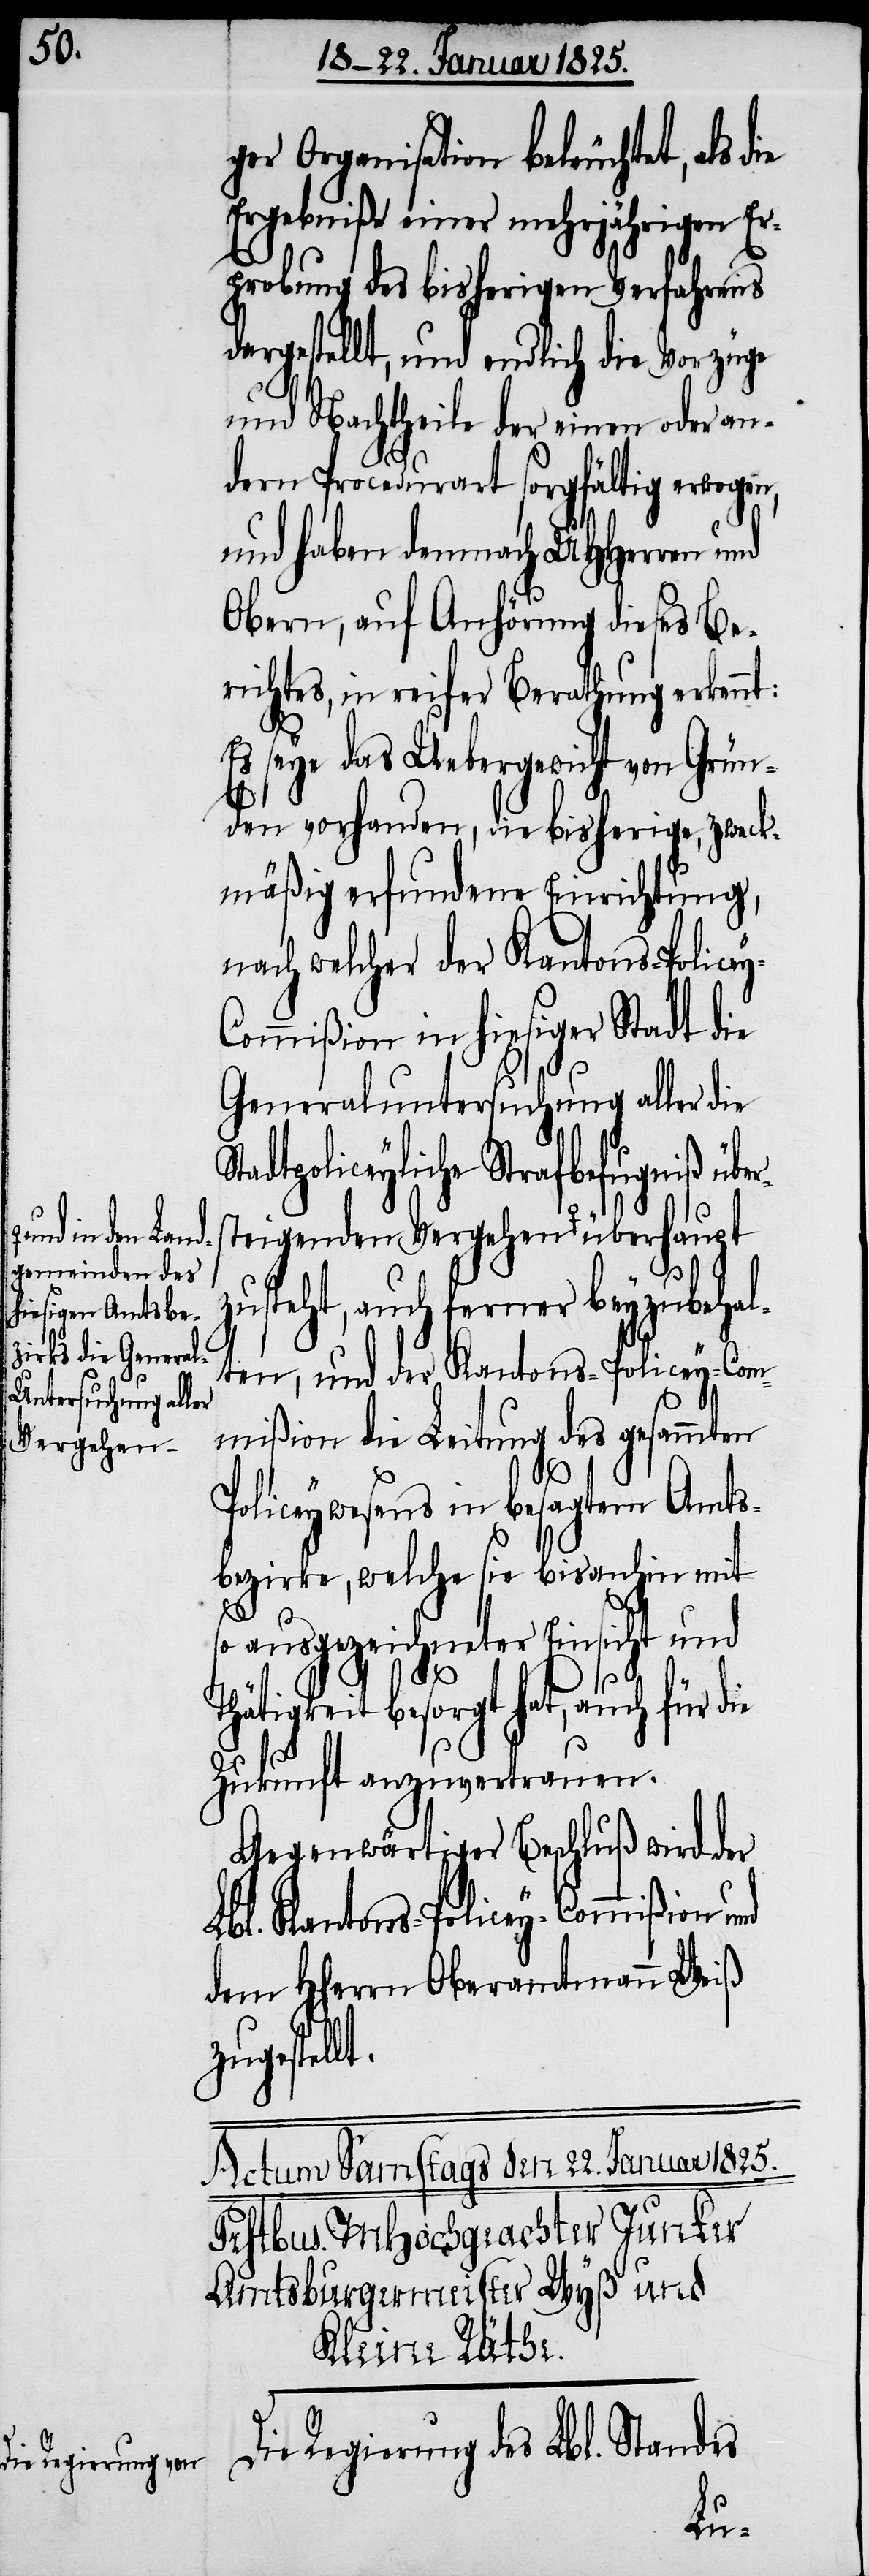
in den Land¬
gemeinden des
hiesigen Amtsbe¬
zirks die Genera¬
ntersuchung aller
Vergehen-a

iger Organisation befürchtet, als d¬
Ergebniße einer mehrjährigen Er¬
probung des bisherigen Verfahrens
dargestellt, und endlich die Vorzüge
und Nachtheile der einen oder an¬
dern Procedurart sorgfältig erwogen,
und haben demnach UHHerren und
Obern, auf Anhörung dieses Be¬
richtes, in reifer Berathung erkennt:
Es seye das Uebergewicht von Grün¬
den vorhanden, die bisherige, zweck¬
mäßig erfundene Einrichtung,
nach welcher der Kantons-Police¬
y-Comißion in hiesiger Stadt die
Generaluntersuchung aller die
tadtpoliceyliche Strafbefugniß über¬
zusteht, auch ferner beyzubehal¬
ten, und der Kantons-Policey-Com¬
mißion die Leitung des gesammten
ie
Policeywesens in besagtem Amts¬
bezirke, welche sie bisanhin mit
S¬
so ausgezeichneter Einsicht und
Thätigkeit besorgt hat, auch für d¬
Zukunft anzuvertrauen.
Gegenwärtiger Beschluß wird
Lbl. Kantons-Policey-Commißion und
dem HHerrn Oberamtmann Weiß
zugestellt.
Die Regierung des Lbl. Standes
l-U¬